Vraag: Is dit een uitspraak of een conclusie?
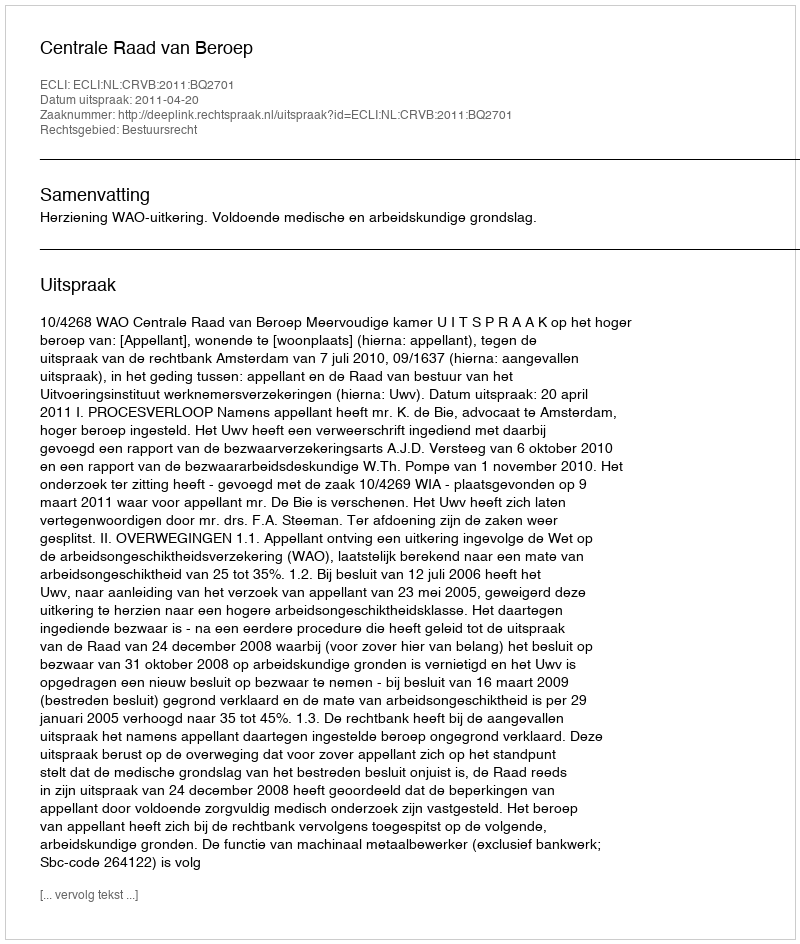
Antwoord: Uitspraak